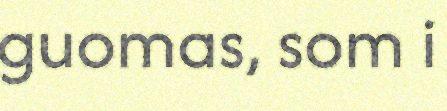
guomas, som i